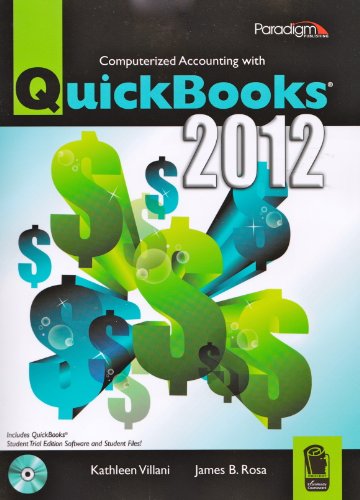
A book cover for Quickbooks 2012; Kathleen Villani; Computers & Technology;